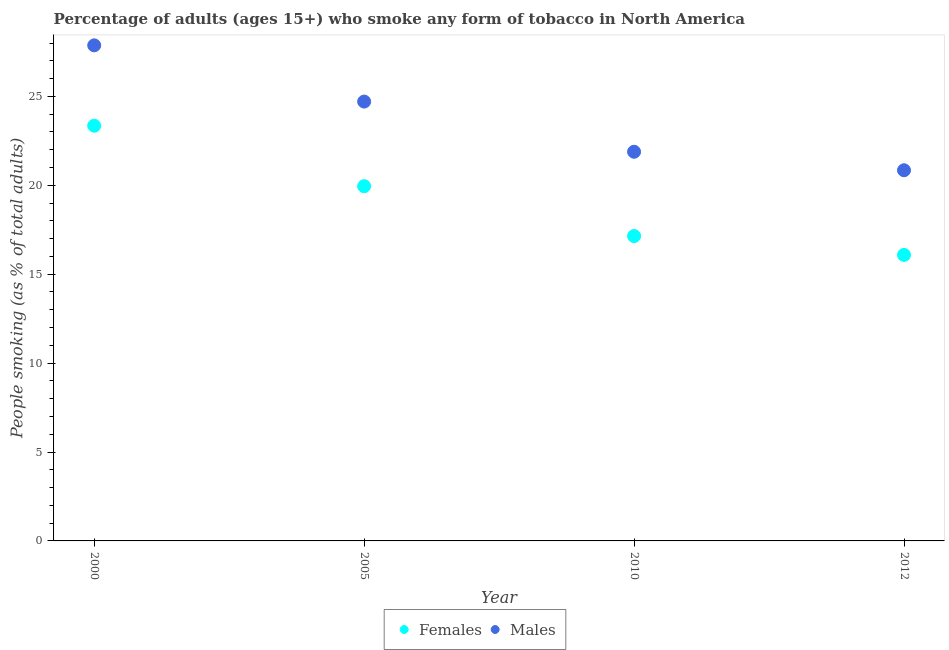
| Year | Females | Males |
 | --- | --- | --- |
 | 2000 | 23.4 | 27.9 |
 | 2005 | 20 | 24.7 |
 | 2010 | 17.1 | 21.9 |
 | 2012 | 16.1 | 20.8 |